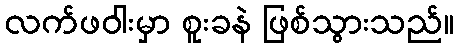
လက်ဖဝါးမှာ စူးခနဲ ဖြစ်သွားသည်။